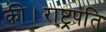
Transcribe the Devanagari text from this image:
की।राष्ट्रपति